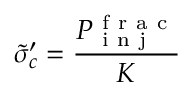
\tilde { \sigma } _ { c } ^ { \prime } = \frac { P _ { \mathrm { ~ i ~ n ~ j ~ } } ^ { \mathrm { ~ f ~ r ~ a ~ c ~ } } } { K }